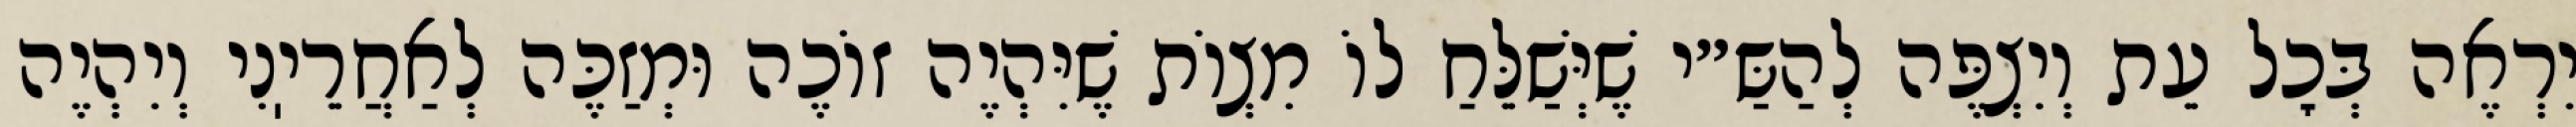
יִרְאֶה בְּכׇל עֵת וְיִצְפֶּה לְהַשַּ״י שֶׁיְּשַׁלֵּחַ לוֹ מִצְוֹת שֶׁיִּהְיֶה זוֹכֶה וּמְזַכֶּה לְאַחֲרֵיֽנִי וְיִהְיֶה